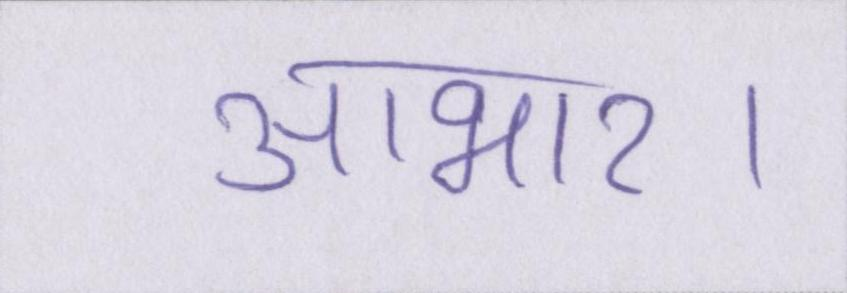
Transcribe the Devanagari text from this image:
आभार।